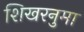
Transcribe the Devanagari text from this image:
शिखरनुमा